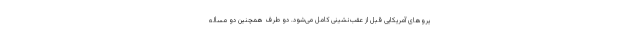
یروهای آمریکایی قبل از عقب‌نشینی کامل می‌شود. دو طرف همچنین دو مسأله